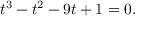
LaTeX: t ^ { 3 } - t ^ { 2 } - 9 t + 1 = 0 .